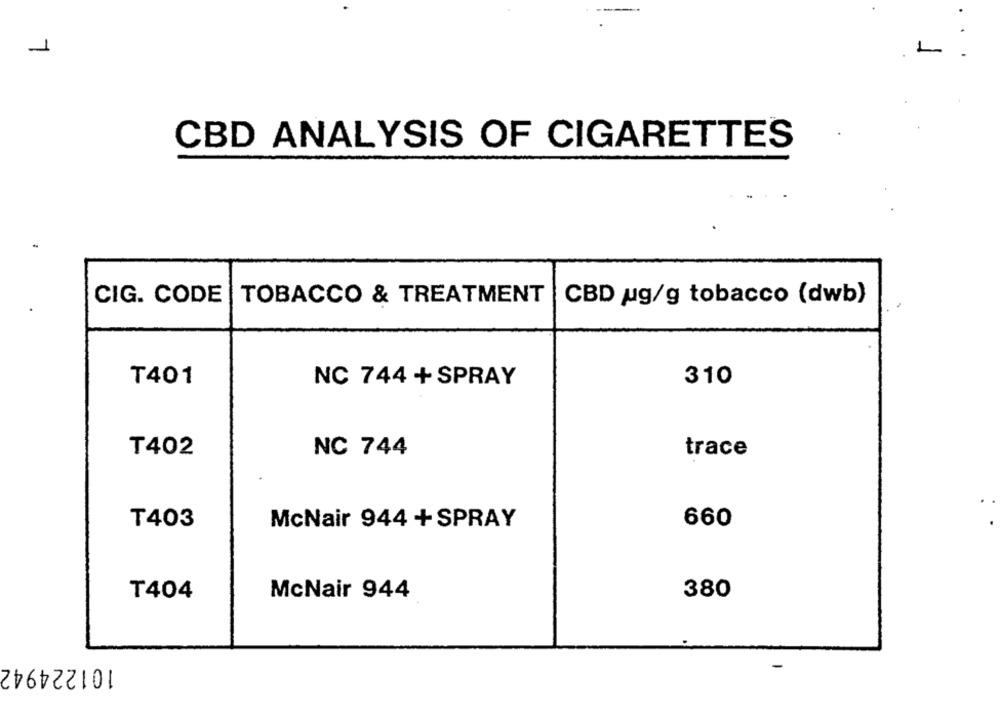
1
L
CBD ANALYSIS OF CIGARETTES
CIG. CODE
TOBACCO & TREATMENT
CBD ug/g tobacco (dwb)
T401
310
NC 744 + SPRAY
T402
NC 744
trace
T403
McNair 944 + SPRAY
660
T404
McNair 944
380
101224942